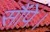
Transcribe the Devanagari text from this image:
सौंपे।